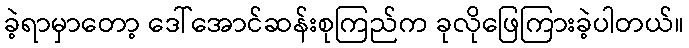
ခဲ့ရာမှာတော့ ဒေါ်အောင်ဆန်းစုကြည်က ခုလိုဖြေကြားခဲ့ပါတယ်။